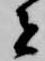
者